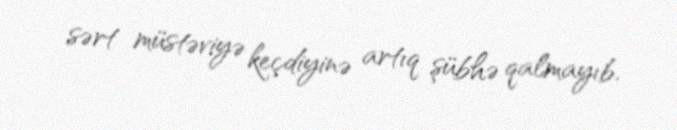
sərt müstəviyə keçdiyinə artıq şübhə qalmayıb.